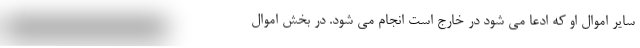
سایر اموال او که ادعا می شود در خارج است انجام می شود. در بخش اموال